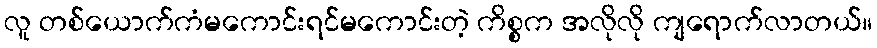
လူ တစ်ယောက်ကံမကောင်းရင်မကောင်းတဲ့ ကိစ္စက အလိုလို ကျရောက်လာတယ်။